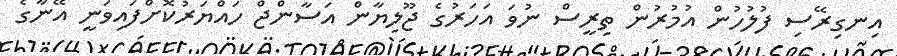
އިނގިރޭސި ފުލުހުން އުމުރުން ތިރީސް ނުވަ އަހަރުގެ ޖޫލިޔާން އަސާންޖް ހައްޔަރުކޮށްފައިވަނީ އޭނާގެ